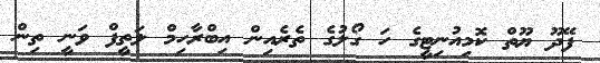
ފޭދޫ ޔޫތް ކޮމިއުނިޓީގެ ހަ ގޯލުގެ ތެރެއިން އިބްރާހިމް ލަތީފް ވަނީ ތިން